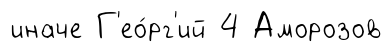
иначе Г'ео́рг'ий 4 Аморозов